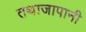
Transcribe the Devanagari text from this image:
तथाजापानी